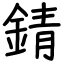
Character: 錆